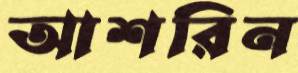
আশরিন